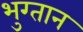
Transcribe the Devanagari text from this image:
भुग्तान